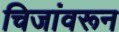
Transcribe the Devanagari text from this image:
चिजांवरून